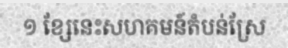
១ ខ្សែនេះសហគមន៍តំបន់ស្រែ